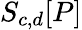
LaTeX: S_{c,d}[P]